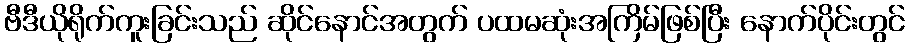
ဗီဒီယိုရိုက်ကူးခြင်းသည် ဆိုင်နောင်အတွက် ပထမဆုံးအကြိမ်ဖြစ်ပြီး နောက်ပိုင်းတွင်